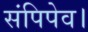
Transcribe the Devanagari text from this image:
संपिपेव।